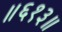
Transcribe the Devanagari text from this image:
॥६१३॥